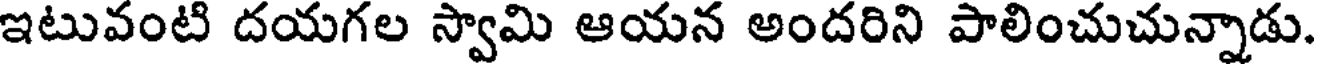
ఇటువంటి దయగల స్వామి ఆయన అందరిని పాలించుచున్నాడు.